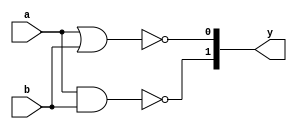
module nandnor(a,b,y);
	input a,b;
	output [1:0]y;
	nand na(y[1],a,b);
	nor no(y[0],a,b);
endmodule